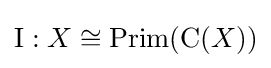
\operatorname {I} :X\cong \operatorname {Prim} (\operatorname {C} (X))